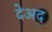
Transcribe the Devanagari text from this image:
देअद